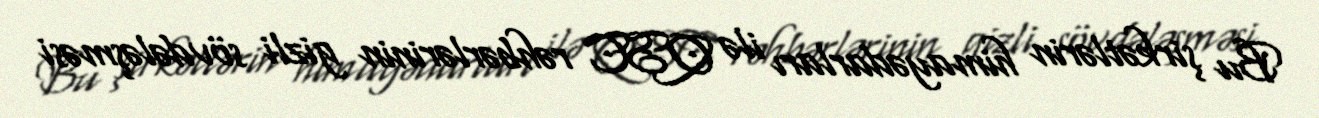
Bu şirkətlərin himayədarları ilə QSC rəhbərlərinin gizli sövdələşməsi